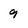
Character: 9